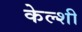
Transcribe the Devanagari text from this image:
केल्शी